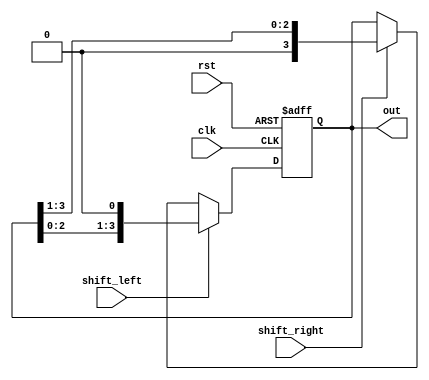
// 4-bit shift_register_4bit 
module shift_register_4bit(
    clk,
    rst,
    shift_left,
    shift_right, 
    out
);

// Declaration input, output part
input clk;
input rst;
input shift_left;
input shift_right;
output reg [3:0] out;
/*
// Declaration register part 
reg [3:0] ins_out;

// Declaration conditions part 


always @(posedge clk or negedge rst) begin
    if(!rst) begin
        ins_out <= 4'b1010;
    end

    else begin
        if (shift_left) begin
            ins_out <= {ins_out[2:0], 1'b0};
        end

        else if (shift_right) begin
            ins_out <= {1'b0, ins_out[3:1]};
        end
    end
            
end
*/
always @(posedge clk or negedge rst) begin
    if(!rst) begin
        out <= 4'b1010;
    end

    else begin
        if (shift_left) begin
            out <= {out[2:0], 1'b0};
        end

        else if(shift_right) begin 
            out <= {1'b0, out[3:1]};
        end
    end
end
/*
always @(posedge clk or negedge rst) begin
    if(!rst) begin
        out <= 4'b0100;
    end

    else begin
    end
end

always @(*) begin
    if (shift_left) begin
        out <= {out[2:0], 1'b0};
    end

    else if (shift_right) begin
        out <= {1'b0, out[3:1]};
    end

end
*/

// Assignment declaration part
//assign out = ins_out;

endmodule